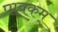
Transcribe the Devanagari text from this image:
पावकम्